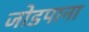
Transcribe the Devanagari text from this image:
जोडपाना